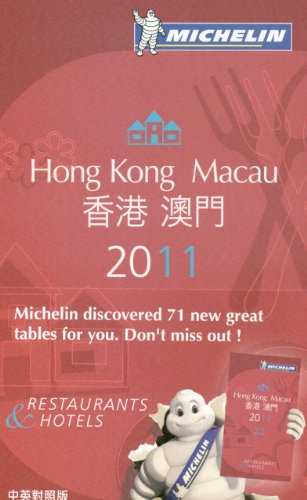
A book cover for Michelin Red Guide Hong Kong & Macau 2011: Hotels & Restaurants (Michelin Red Guide Hong Kong & Macau: Restaurants & Hotels); Michelin; Travel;